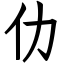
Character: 仂